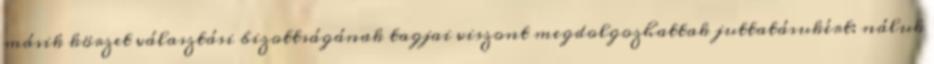
másik körzet választási bizottságának tagjai viszont megdolgozhattak juttatásukért: náluk